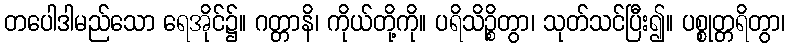
တပေါဒါမည်သော ရေအိုင်၌။ ဂတ္တာနိ၊ ကိုယ်တို့ကို။ ပရိသိဉ္စိတွာ၊ သုတ်သင်ပြီး၍။ ပစ္စုတ္တရိတွာ၊